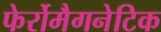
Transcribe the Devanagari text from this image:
फेर्रोमैगनेटिक